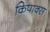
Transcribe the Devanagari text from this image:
किपाक्स